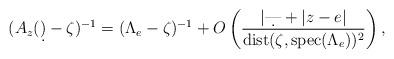
LaTeX: \begin{align*}(A_z(\d)-\zeta)^{-1} = (\Lambda_e-\zeta)^{-1} +O\left(\frac{|\d|+|z-e|}{{\rm dist}(\zeta,{\rm spec}(\Lambda_e))^2}\right),\end{align*}